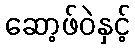
ဆော့ဖ်ဝဲနှင့်